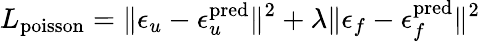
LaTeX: L_{\mathrm{poisson}}=\lVert\epsilon_{u}-\epsilon_{u}^{\mathrm{pred}}\rVert^{2}+\lambda\lVert\epsilon_{f}-\epsilon_{f}^{\mathrm{pred}}\rVert^{2}